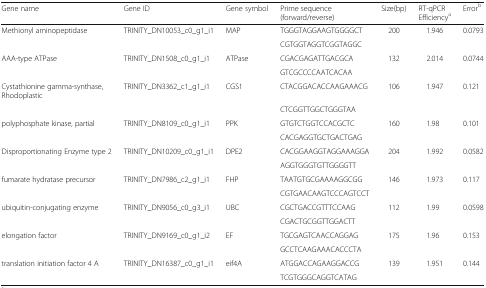
| Gene name | Gene ID | Gene symbol | Prime sequence (forward/reverse) | Size(bp) | RT-qPCR Efficiencya | Errorb |
 | --- | --- | --- | --- | --- | --- | --- |
 | Methionyl aminopeptidase | TRINITY_DN10053_c0_g1_i1 | MAP | TGGGTAGGAAGTGGGGCT | 200 | 1.946 | 0.0793 |
 |  |  |  | CGTGGTAGGTCGGTAGGC |  |  |  |
 | <ROWSPAN=2> AAA-type ATPase | TRINITY_DN1508_c0_g1_i1 | ATPase | CGACGAGATTGACGCA | 132 | 2.014 | 0.0744 |
 |  |  | GTCGCCCCAATCACAA |  |  |  |
 | Cystathionine gamma-synthase, Rhodoplastic | TRINITY_DN3362_c1_g1_i1 | CGS1 | CTACGGACACCAAGAAACG | 106 | 1.947 | 0.121 |
 |  |  |  | CTCGGTTGGCTGGGTAA |  |  |  |
 | polyphosphate kinase, partial | TRINITY_DN8109_c0_g1_i1 | PPK | GTGTCTGGTCCACGCTC | 160 | 1.98 | 0.101 |
 |  |  |  | CACGAGGTGCTGACTGAG |  |  |  |
 | Disproportionating Enzyme type 2 | TRINITY_DN10209_c0_g1_i1 | DPE2 | CACGGAAGGTAGGAAAGGA | 204 | 1.992 | 0.0582 |
 |  |  |  | AGGTGGGTGTTGGGGTT |  |  |  |
 | fumarate hydratase precursor | TRINITY_DN7986_c2_g1_i1 | FHP | TAATGTGCGAAAAGGCGG | 146 | 1.973 | 0.117 |
 |  |  |  | CGTGAACAAGTCCCAGTCCT |  |  |  |
 | ubiquitin-conjugating enzyme | TRINITY_DN9056_c0_g3_i1 | UBC | CGCTGACCGTTTCCAAG | 112 | 1.99 | 0.0598 |
 |  |  |  | CGACTGCGGTTGGACTT |  |  |  |
 | elongation factor | TRINITY_DN9169_c0_g1_i2 | EF | TGCGAGTCAACCAGGAG | 175 | 1.96 | 0.153 |
 |  |  |  | GCCTCAAGAAACACCCTA |  |  |  |
 | translation initiation factor 4 A | TRINITY_DN16387_c0_g1_i1 | eif4A | ATGGACCAGAAGGACCG | 139 | 1.951 | 0.144 |
 |  |  |  | TCGTGGGCAGGTCATAG |  |  |  |